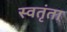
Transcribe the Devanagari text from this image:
स्वतृंता